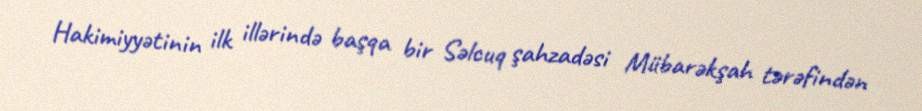
Hakimiyyətinin ilk illərində başqa bir Səlcuq şahzadəsi Mübarəkşah tərəfindən